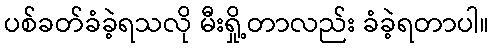
ပစ်ခတ်ခံခဲ့ရသလို မီးရှို့တာလည်း ခံခဲ့ရတာပါ။